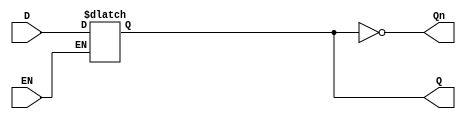
module latch_register (
    input wire D,      // Data input
    input wire EN,     // Enable signal
    output reg Q,      // Data output
    output wire Qn     // Inverted output
);

// Inverted output
assign Qn = ~Q;

// Always block for level-sensitive latch behavior
always @(*) begin
    if (EN) begin
        Q = D;   // Capture input when EN is high
    end
    // When EN is low, Q retains its previous value
end

endmodule